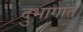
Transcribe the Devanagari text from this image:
दुभागांत